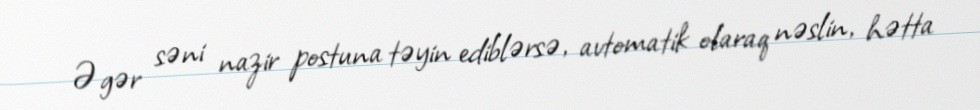
Əgər səni nazir postuna təyin ediblərsə, avtomatik olaraq nəslin, hətta